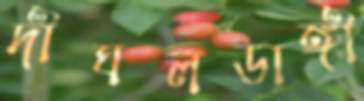
দীঘলডাঙ্গী